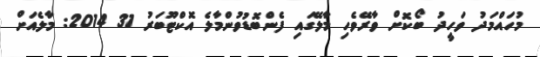
މުހައްމަދު ވަހީދު ބޯކޮށް ވާރޭވެހި މާލޭގައި ފެންބޮޑުވުންމާލެ އޮކްޓޫބަރު 31 2014: މާލެއަށް